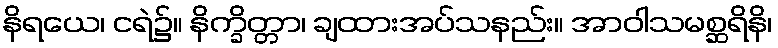
နိရယေ၊ ငရဲ၌။ နိက္ခိတ္တာ၊ ချထားအပ်သနည်း။ အာဝါသမစ္ဆရိနိ၊